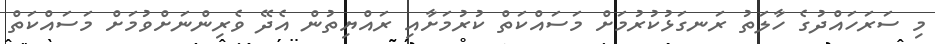
މި ސަރަހައްދުގެ ހާލަތު ރަނގަޅުކުރުމަށް މަސައްކަތް ކުރުމަށާއި ރައްޔިތުން އެދޭ ވެރިންނަށްވުމަށް މަސައްކަތް